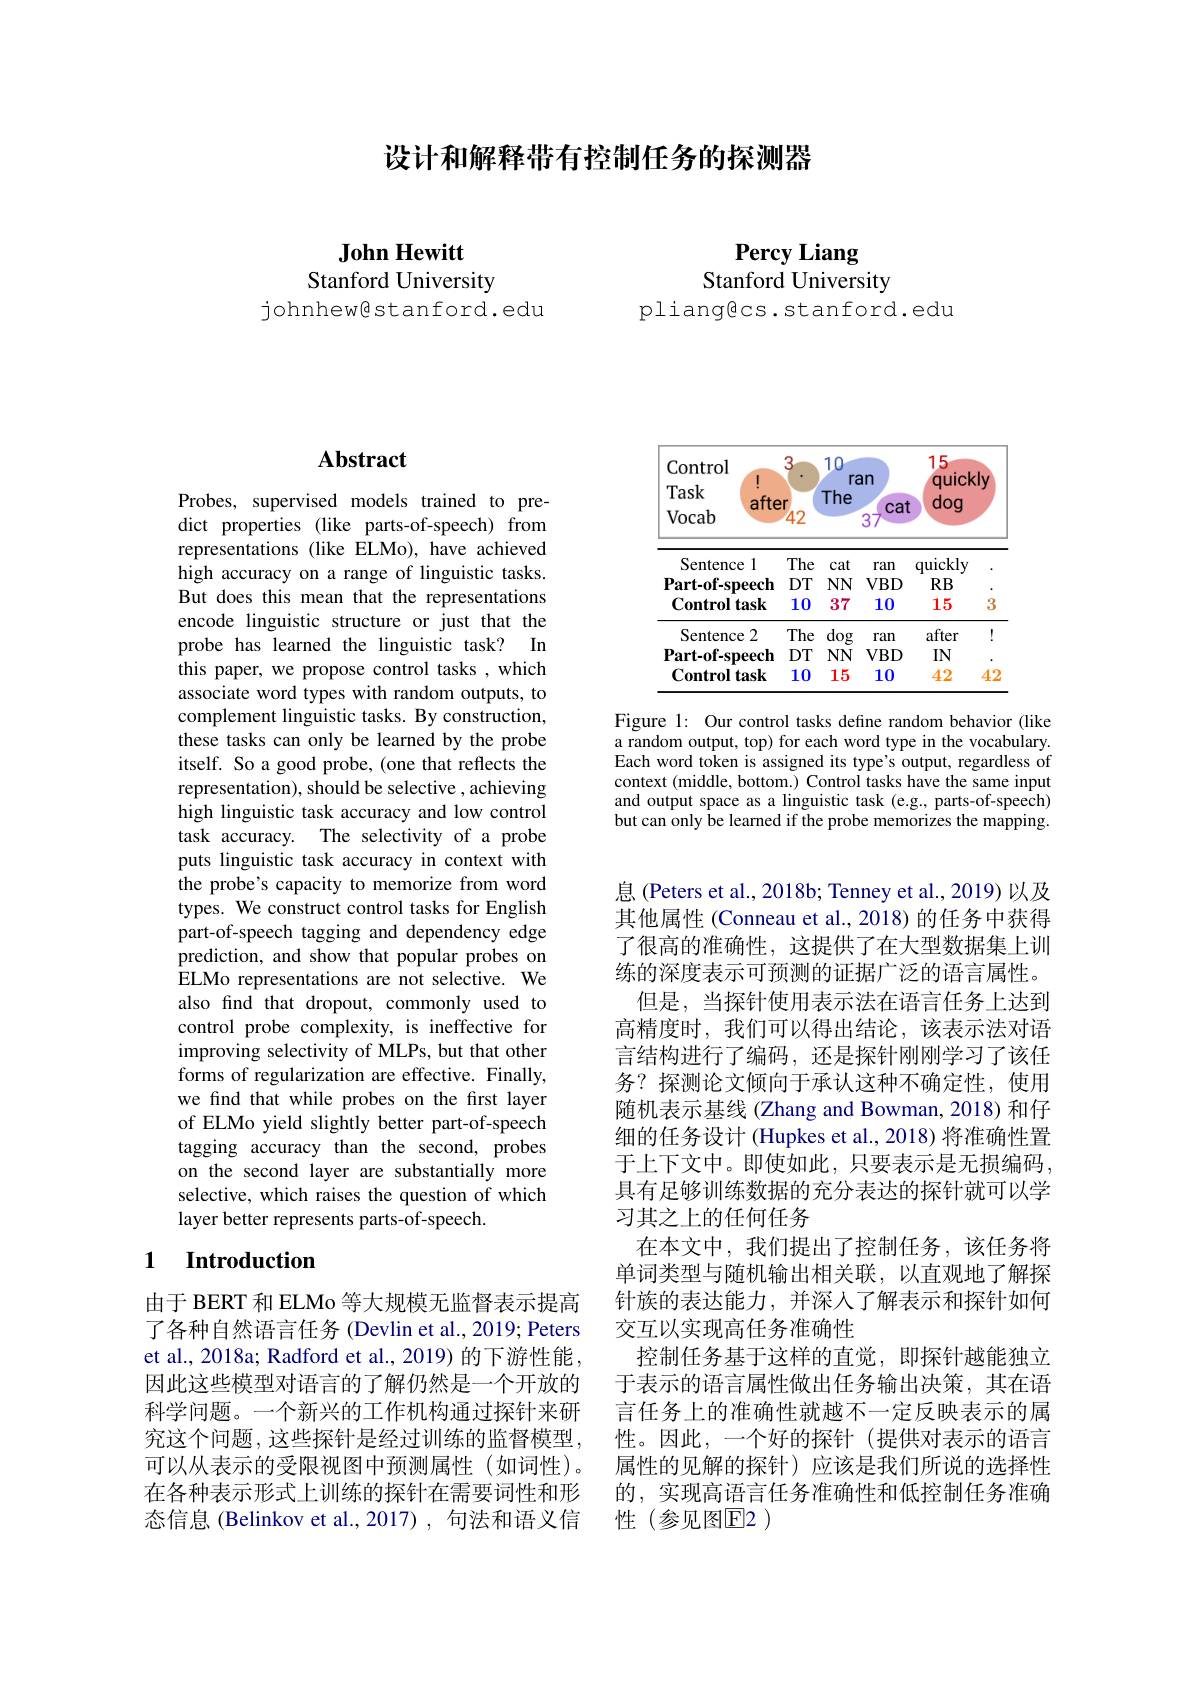
设计和解释带有控制任务的探测器

Percy Liang

Stanford University
pliangecs.stanford.edu

John Hewitt
Stanford University
johnhewestanford.edu

## Abstract

Probes, supervised models trained to predict properties (like parts-of-speech) from representations (like ELMo), have achieved high accuracy on a range of linguistic tasks. But does this mean that the representations encode linguistic structure or just that the probe has learned the linguistic task? In this paper, we propose control tasks , which associate word types with random outputs, to complement linguistic tasks. By construction, these tasks can only be learned by the probe itself. So a good probe, (one that reflects the representation), should be selective , achieving high linguistic task accuracy and low control task accuracy. The selectivity of a probe puts linguistic task accuracy in context with the probe's capacity to memorize from word types. We construct control tasks for English part-of-speech tagging and dependency edge prediction, and show that popular probes on ELMo representations are not selective. We also find that dropout, commonly used to control probe complexity, is ineffective for improving selectivity of MLPs, but that other forms of regularization are effective. Finally, we find that while probes on the first layer of ELMo yield slightly better part-of-speech tagging accuracy than the second, probes on the second layer are substantially more selective, which raises the question of which layer better represents parts-of-speech

## 1 Introduction

由于 BERT 和 ELMo 等大规模无监督表示提高了各种自然语言任务 (Devlin et al., 2019; Peters et al., 2018a; Radford et al., 2019) 的下游性能， 因此这些模型对语言的了解仍然是一个开放的科学问题。一个新兴的工作机构通过探针来研究这个问题，这些探针是经过训练的监督模型可以从表示的受限视图中预测属性(如词性)。在各种表示形式上训练的探针在需要词性和形态信息 (Belinkov et al.,2017),句法和语义信

<FigureHere>

Figure 1: Our control tasks define random behavior (like a random output, top) for each word type in the vocabulary. Each word token is assigned its type's output, regardless of context (middle, bottom.) Control tasks have the same input and output space as a linguistic task (e.g., parts-of-speech) but can only be learned if the probe memorizes the mapping.

息 (Peters et al., 2018b; Tenney et al., 2019) 以及其他属性 (Conneau et al., 2018) 的任务中获得了很高的准确性，这提供了在大型数据集上训练的深度表示可预测的证据广泛的语言属性。
但是，当探针使用表示法在语言任务上达到高精度时，我们可以得出结论，该表示法对语言结构进行了编码，还是探针刚刚学习了该任务？探测论文倾向于承认这种不确定性，使用随机表示基线 (Zhang and Bowman, 2018) 和仔细的任务设计 (Hupkes et al., 2018) 将准确性置于上下文中。即使如此，只要表示是无损编码， 具有足够训练数据的充分表达的探针就可以学习其之上的任何任务
在本文中，我们提出了控制任务，该任务将单词类型与随机输出相关联，以直观地了解探针族的表达能力，并深人了解表示和探针如何交互以实现高任务准确性
控制任务基于这样的直觉，即探针越能独立于表示的语言属性做出任务输出决策，其在语言任务上的准确性就越不一定反映表示的属性。因此，一个好的探针(提供对表示的语言属性的见解的探针)应该是我们所说的选择性的，实现高语言任务准确性和低控制任务准确性(参见图E2)